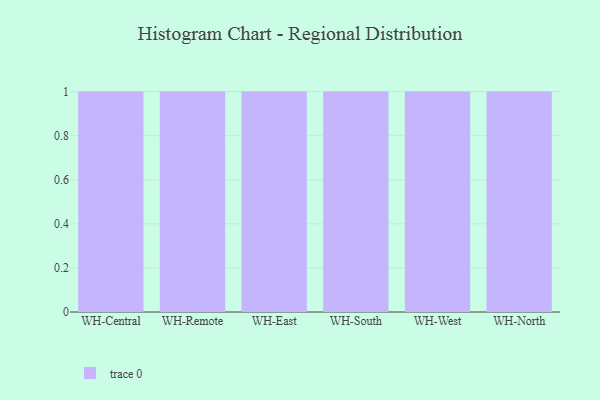
{"axis": {"x": "Warehouse", "y": "Net Income (USD K)"}, "legend": [""], "data": [{"x": "WH-Central", "y": 54, "type": ""}, {"x": "WH-Remote", "y": 83, "type": ""}, {"x": "WH-East", "y": 54, "type": ""}, {"x": "WH-South", "y": 66, "type": ""}, {"x": "WH-West", "y": 83, "type": ""}, {"x": "WH-North", "y": 25, "type": ""}]}